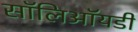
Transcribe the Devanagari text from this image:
सॉलिऑयडी